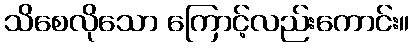
သိစေလိုသော ကြောင့်လည်းကောင်း။